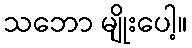
သဘော မျိုးပေါ့။